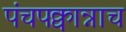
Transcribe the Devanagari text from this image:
पंचपक्वान्नाच